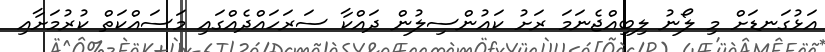
އަޅުގަނޑަށް މި ލޯނު ލިބިއްޖެނަމަ ރަށު ކައުންސިލުން ދައްކާ ސަރަހައްދެއްގައި މަސައްކަތް ކުރުމަށާއި